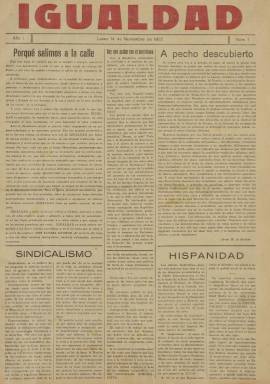
Título: Igualdad (Valladolid)
Colección: Periódicos
Ámbito geográfico: Valladolid
Lugar de publicación: Valladolid
Fechas: 14/11/1932-13/11/1933

Semanario vallisoletano mandado publicar por uno de los fundadores del nacional-sindicalismo, Onésimo Redondo Ortega (1905-1936), cuando éste se encuentra huido en Portugal tras ser acusado de complicidad en el golpe de Estado del general José Sanjurjo Sacanell (1872-1936), del diez de agosto de 1932, y tras haber sido ordenado el secuestro gubernamental del número 61, de dos días antes, del también semanario Libertad, que venía dirigiendo desde que lo fundara el 13 de junio de 1931. En lugar de Libertad, sobre el que había expirado ya su suspensión gubernamental, Redondo decide publicar este nuevo título, que, con secuencia propia, edita el primer número el 14 de noviembre de 1932. Su colección la integran 52 entregas semanales, correspondiendo la última al 13 de noviembre de 1933, cuando Redondo, retornado de Portugal, decide reanudar Libertad, que, siguiendo su serie con el número 62, comenzará de nuevo a publicarse.

Igualdad saldrá también cada lunes, con una cabecera estampada en rojo y un formato, estructura y diseño similar al de Libertad, en entregas de seis páginas, compuestas a cinco columnas. No indica lugar de publicación, siendo impreso en el establecimiento vallisoletano Artes Gráficas Afrodisio Aguado, y con domicilio en la calle San Martín, número 39. Andrés Redondo (-1964), hermano de Onésimo y vinculado profesionalmente al Banco Hispano Americano, será el encargado de gestionar la financiación del semanario, que insertará abundantes anuncios publicitarios, que ocuparán además todo su quinta plana.

Redondo encarga la dirección de Igualdad a Juan Misol Matilla y, siguiendo también sus recomendaciones, Javier Martínez de Bedoya (1914-1991) coordinará la edición como redactor-jefe. Sus redactores serán José Villanueva de la Rosa (1913-1964), Narciso García Sánchez (1906-), Emilio Gutiérrez Palma y Francisco González Armero (que, encargado de la sección de deportes, firma con el seudónimo Paco Balón), así como Luis González Armero (que firma sus caricaturas y algunos textos con el seudónimo ITO). La mayoría de ellos también habían integrado y lo seguirán haciendo la redacción de Libertad. Entre sus colaboradores estuvieron, asimismo, Víctor Gómez Ayllón (1909-), Félix Santiago Marquina, Mariano Dávila Yagüe, Luis Benito Alonso, Eduardo Franco Cereceda, José Villanueva de la Rosa o Juan Aparicio López (1906-1987).

Onésimo Redondo publicará en sus páginas series de artículos bajo los epígrafes “Hacia una nueva política”, “Teoría constitucional”, “La conquista del Estado”, “El Estado del porvenir” o “No ha habido revolución social”, a la vez que utiliza el seudónimo Alonso Campos para firmar sus textos más arriesgados; mientras que el otro fundador del nacional-sindicalismo, Ramiro Ledesma Ramos (1905-1936), publicará en sus páginas la serie “Postal política desde Madrid”.

Al igual que Libertad, Igualdad será órgano de las Juntas de Ofensiva Nacional-Sindicalista (JONS), que habían sido creadas el 30 de noviembre de 1931 por Redondo y Ledesma, fundiendo el primero en este partido las Juntas Castellanas de Actuación Hispánicas (JCAH), que había fundado el nueve de agosto, mientras que el segundo había estado publicando en Madrid el semanario La Conquista del Estado, desde el 14 de marzo al 24 de octubre de ese mismo año.

 La primera página de Igualdad inserta editoriales y artículos de doctrina y propaganda, que también hace extensivos en la siguiente plana y en la última, principalmente. La tercera la dedicará a información y noticias de actualidad política, tanto local, como nacional o de provincias y del extranjero; y la cuarta, preferentemente a información deportiva o de espectáculos, como los toros, o a algún texto de contenido económico. Tiene también algunas secciones fijas, bajo los epígrafes Hojas sueltas, Tabletas o Noticias de última hora, así como El pensamiento de la juventud nacional. Abundan también las noticias breves comentadas, tomando como fuente otros periódicos.

Se proclamará “órgano de combate” del nacional-sindicalismo encarnado en el jonsismo, que no es otro que el movimiento nacionalista español de corte fascista y filonazi, cuyo primer manifiesto había aparecido en 1929 en las páginas de Gaceta literaria (Madrid: 1927-1932), la revista de Ernesto Giménez Caballero (1989-1988), y al que Redondo y Ledesma le darán cuerpo teórico a través de sus publicaciones. Se mostrarán contrarios y combatirán no sólo el socialismo y el comunismo, sino el sistema democrático liberal, y se mostrarán antimasónicos y antisemitas, y frente a estos elementos que identifican como “extranjerizantes” fundarán su nacionalismo de corte corporativista, marcando a sus oponentes ideológicos como antiespañoles. Así, las JONS serán las que establezcan el símbolo de las cinco flechas y el yugo para su partido y la sección Hojas sueltas del semanario irá encabezada con la leyenda “España, grande, libre y única” [una].

Al poco de la conquista de Adolf Hitler (1889-1945) del poder en Alemania, el 16 de marzo de 1933 se iba a publicar en Madrid el único número de El Fascio, que estampa también en su cabecera el yugo y las flechas (en este caso en número de siete), mientras que Ramos y Redondo, el primero como director al tiempo que el segundo está huido de nuevo en Portugal, editarán una publicación mensual, bajo el título J.O.N.S, como revista teórica de su partido, desde mayo de 1933 a agosto de 1934. Por su parte, José Antonio Primo de Rivera (1903-1936) fundará Falange Española el 29 de octubre de 1933, que, a partir del siete de diciembre de ese año comienza a publicar F.E., y el 13 de febrero de 1934 se producirá la fusión que dará lugar al partido FE de las JONS.

Según Seoane y Sáiz (1996), “el grupo fascista vallisoletano será distinto del madrileño”, aún después de la fusión: será mucho más conservador o más radical (que es el término utilizado por Dionisio Ridruejo), y además de tradicionalista, agrarista, corporativista y clericalista, será antiliberal, antidemocrático y antimasónico, radicalmente crítico con lo que denomina “fracaso” republicano español, exaltador del fascismo italiano, pronazi y antisemita. Insistirá en su idea de “cruzada” mediante la constitución de un frente único antimarxista, para lo que en las páginas de Igualdad hará uso de consignas o eslóganes utilizando alardes tipográficos no sólo con insultos de desprecio personal a los integrantes del Gobierno republicano, sino incitando sin reserva a la violencia física, como el que reza en su número 30 (12 jul. 1933) “El único Gobierno legítimo de España será el que mande fusilar por la espalda a los traidores que la arruinaron…”, habiendo sido ya denunciado por las injurias vertidas en su número 25 (8 mayo 1933) contra el presidente del Gobierno, Manuel Azaña (1880-1940).

Redondo, joven abogado educado por los jesuitas, al que le becaron una estancia en Alemania entre 1927 y 1928, procedente de la Asociación Católica Nacional de Propagandistas (ACNdP) y vinculado al sindicalismo agrario castellano, había aglutinado en torno así a un reducido grupo de universitarios católicos castellanos, la mayor parte estudiantes de Derecho. Las JONS no permitirán en sus estatutos afiliados mayores de 45 años, y ante la fusión de estas con FE, en enero de 1934 parte de este grupo vallisoletano, en el que se encuentra el citado Martínez de Bedoya, formará parte de la primera disidencia en el nacionalismo fascista español.

Para su venta y difusión, Igualdad tuvo los mismos problemas que Libertad y los demás periódicos del movimiento fascista español. Además de multas y suspensiones gubernamentales sus vendedores sostendrían enfrentamientos y luchas callejeras con miembros de organizaciones políticas y sindicales contrarias. Aunque Justino Sinova (2006), señala que su difusión era escasa, las suscripciones a las dos cabeceras vallisoletanas debieron estar en torno a los 2.000 ejemplares, como indica una referencia parlamentaria cuando Libertad fue suspendido en agosto de 1932 o como así lo expresa en su propia edición del 27 de noviembre de 1933. Este siguió publicándose hasta el 20 de mayo de 1935, convirtiéndose en la publicación fascista más longeva durante el periódico republicano, reapareciendo el 27 de agosto de 1936 y convirtiéndose en diario a partir del uno de agosto de 1938, tras recibir las linotipias del incautado diario bilbaíno El Liberal (1901-1937), y adscribiéndose a la Prensa del Movimiento durante la Dictadura, hasta su desaparición definitiva en 1979. A partir del periodo de la guerra civil, asumirá su dirección García Sánchez; la jefatura de redacción, Gómez Ayllón, y Villanueva de la Rosa, formará parte de su redacción, todos ellos citados anteriormente.

La colección completa de Igualdad digitalizada por la BNE pertenece al Fondo Miguel Temboury Redondo (1969-) del Archivo Privado Mercedes Redondo (1932-), nieto e hija, respectivamente, de Onésimo Redondo. Se desconoce la existencia de alguna otra colección de este título, aunque el Archivo Municipal de Madrid cuenta con la colección de Libertad desde 1931 a 1935.

Este título no aparece recogido en el Catálogo de la prensa vallisoletana del siglo XX (1992). Además de las referencias citadas, Matteo Tomasoni ha publicado en la revista italiana Spagna contemporánea (2012) un artículo sobre este semanario, del que da cuenta también en su tesis doctoral sobre Onésimo Redondo (Universidad de Valladolid: 2014). Alfons Jiménez Cortacans ha publicado también su tesis doctoral en la Universidad de Girona sobre la prensa fascista durante la república y la guerra civil española, y otra referencia sobre la misma prensa es el artículo de Eduardo González Calleja (2012). Sobre Libertad, véase el trabajo de Martín de la Guardia (1994), el artículo que Jesús Ercilla escribió en Sí, suplemento del diario Arriba, el uno de marzo de 1942, y los que fueron publicados en Libertad el 13 de junio de 1956 y el 24 de julio de 1961.